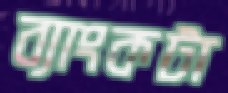
ব্যাংকটা